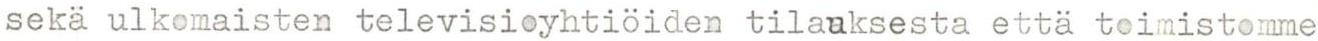
sekä ulkomaisten televisioyhtiöiden tilauksesta että toimistomme